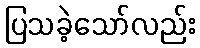
ပြသခဲ့သော်လည်း